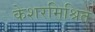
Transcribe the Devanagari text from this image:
केशरमिश्रित